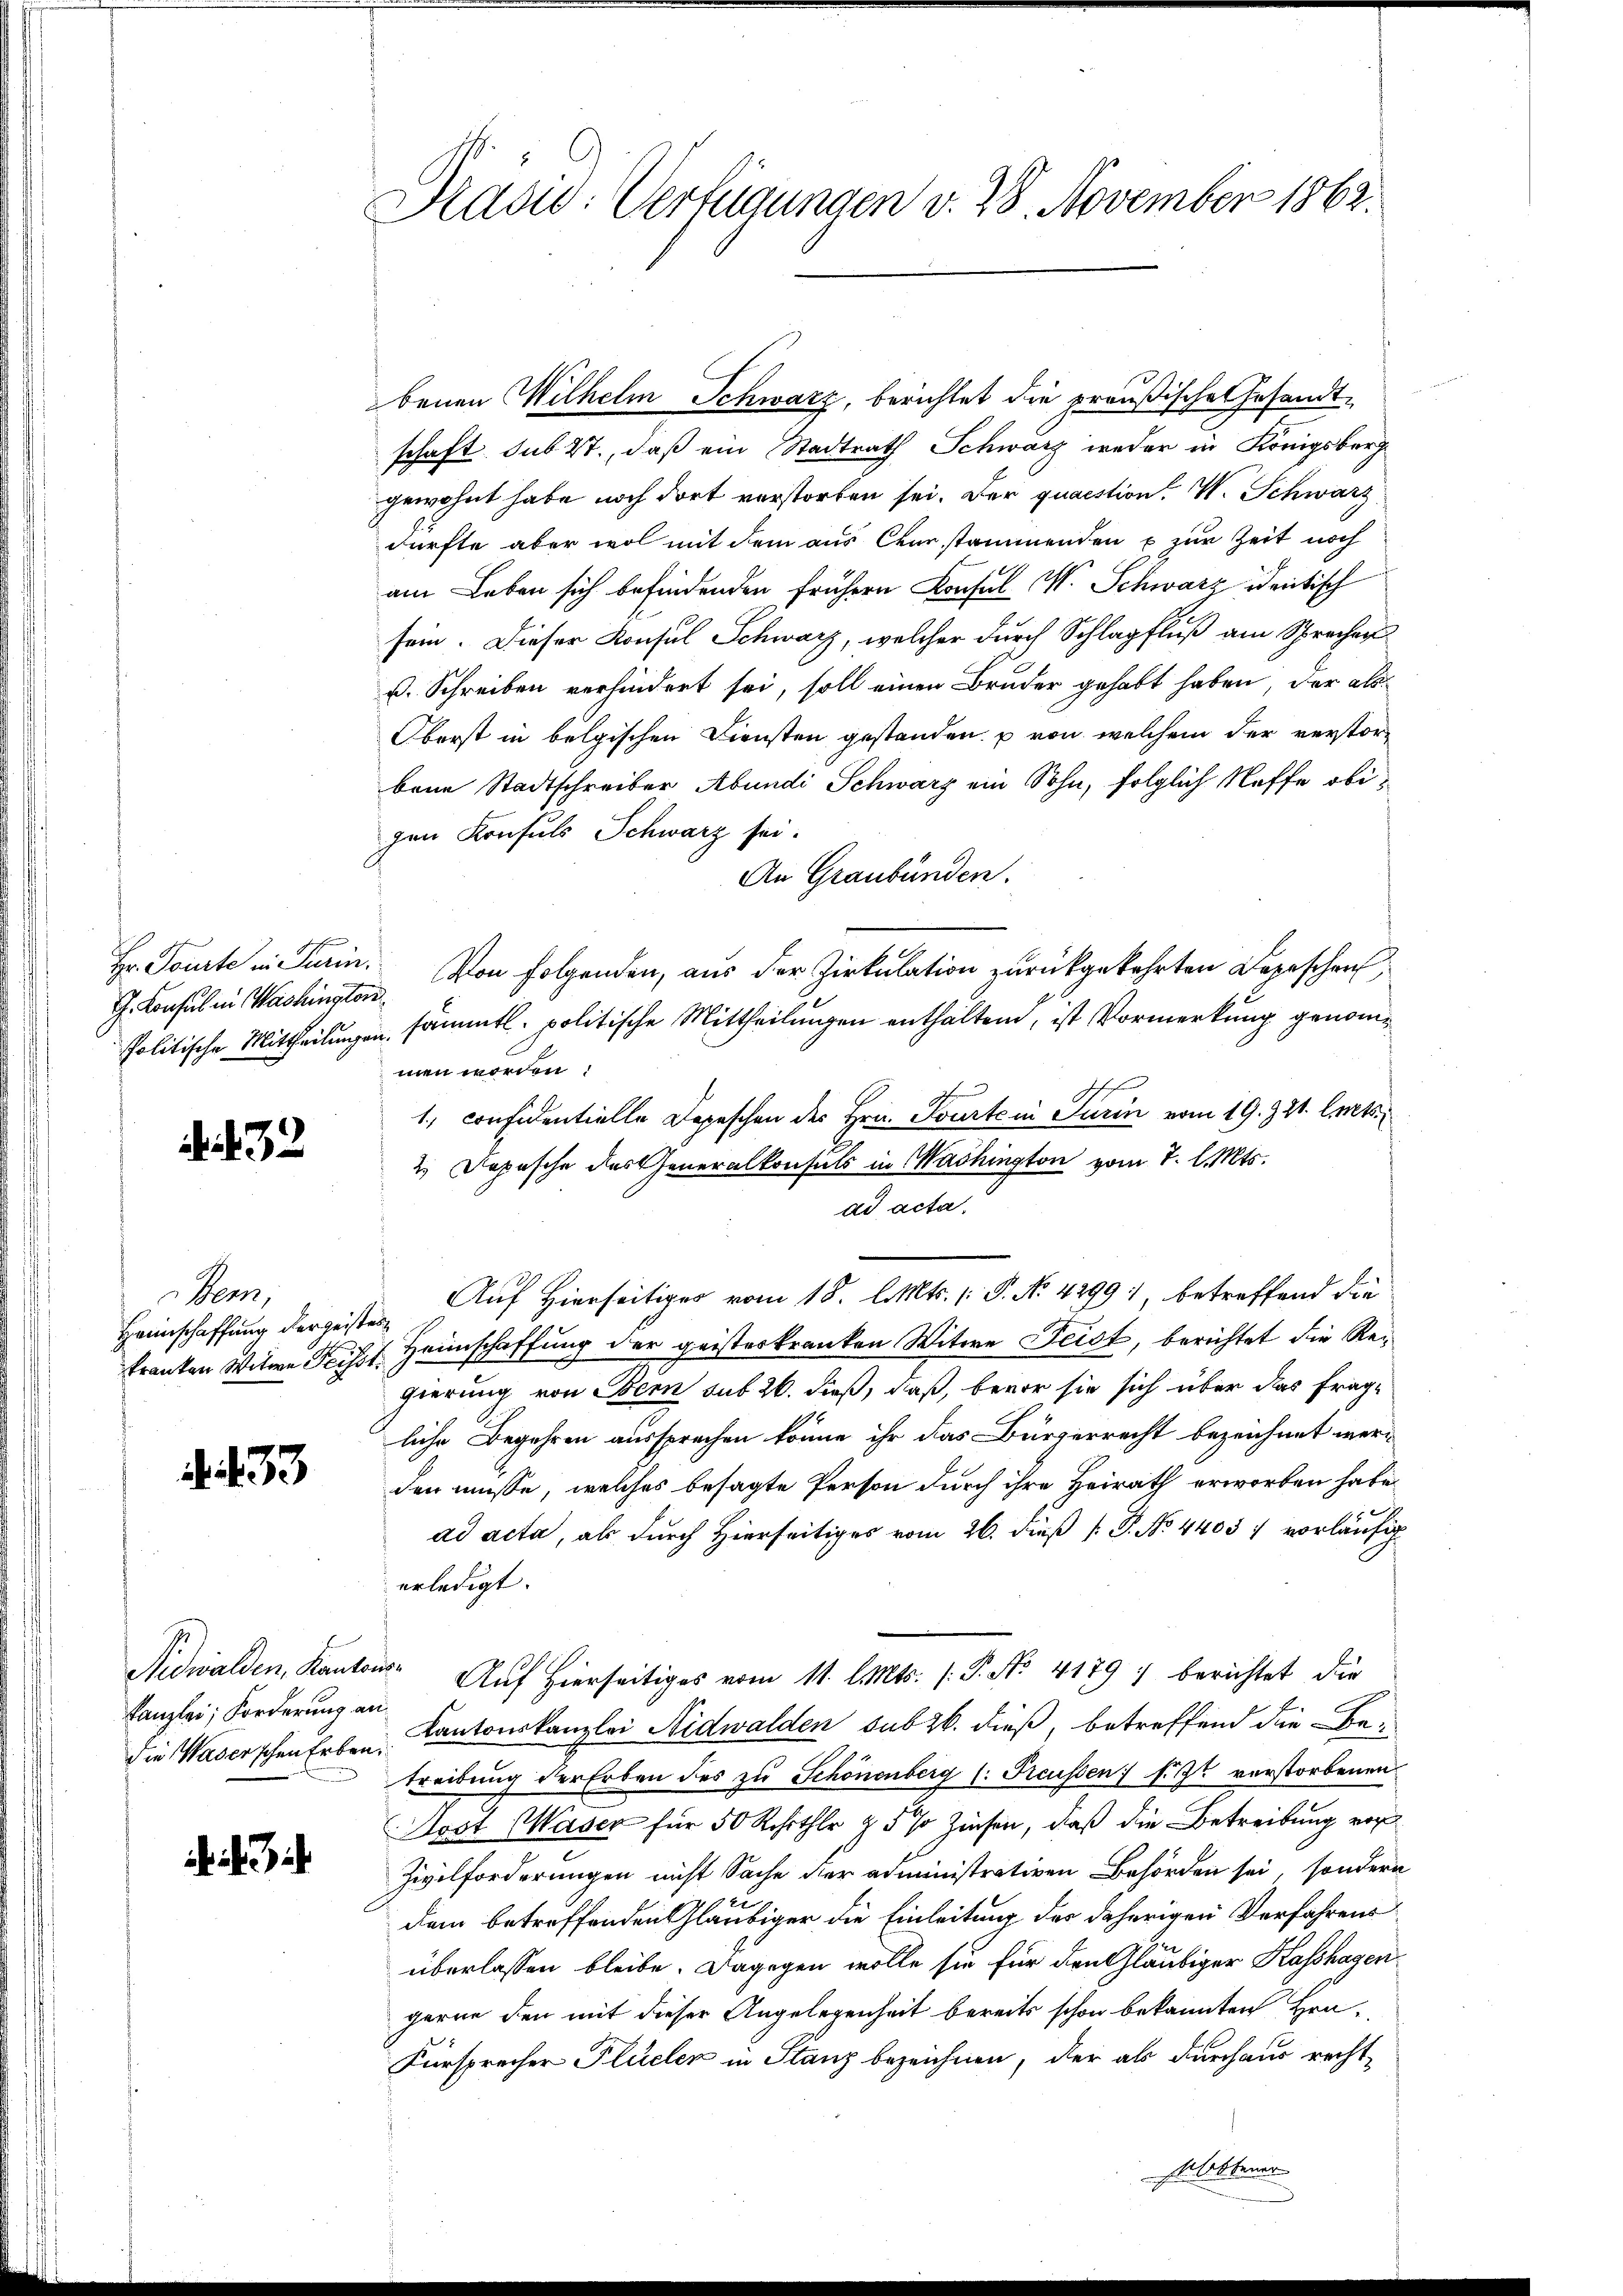
Hr. Tourte in Turin.
J. Konsul in Washington

2

Bern,
Haunschaffung der geistes

. 133

Kanzlei; Forderung an

Drad: Verfügungen v. 28. November 1862.

benen Wilhelm Schwarz, berichtet die preußische Gesandtschaft. sub 2., daß ein Stadtrath Schwarz weder in Königsberg
gewohnt habe noch dort verstorben sei. Der quaestion. W. Schwarz
dürfte aber wol mit dem aus Chur stammenden u zur Zeit noch
am Leben sich befindenden frühern Konsul V. Schwarz identisch
sein. Dieser Konsul Schwarz, welcher durch Schlagfluß am Sprechen
ß. Schreiben verhindert sei, soll einen Bruder gehabt haben, der als
Oberst in belgischen Diensten gestanden. p von welchem der verstorbeim Stadtschreiber Abendi Schwarz ein Sohn, folglich Neffe obigen Konsuls Schwarz sei.
An Graubünden.
Von folgenden, aus der Zirkulation zurückgekehrten Depeschen,
Politische Mittheilungen sämmtl. politische Mittheilungen enthalten, ist Vormerkung genommen worden:
Ah E
1., considentielle Depeschen des Hrn. Tourtein Turin vom 19. 321. l. Mts.
2 Depesche des Generalkonsuls in Washington vom 7. l. Mts.
ad acta.
Auf Hierseitiges vom 18. l. Mts. (: P. No. 4299, betreffend die
franken Witwe Feisst Heimschaffung der geisterkranken Witwe Leist, berichtet die Regierung von Obern sub 20. dieß, daß, bevor sie sich über das fragliche Begehren aussprachen könne ihr das Bürgerrecht bezeichnet werden müsse, welches besagte Person durch ihre Heirath erworben habe
ad acta, als durch Hierseitiges vom 26. dieß [ P. No. 4405 f vorläufig
erledigt.
Nidwalden, Kantons Auf Hierseitiges vom 11. l. Mts. (T. No 4179) berichtet die
die Waserschen Erben. Kantonskanzlei Nidwalden sub 26. dieß, betreffend die Betreibung der Erben des zu Schönenberg (: Freussen fit verstorbenen
Host Waser für 50 Rchither & 5 % Zinsen, daß die Betreibung vor
Zivilforderungen nicht Sache der administrativen Behörden sei, sondern
dem betreffenden Gläubiger die Einleitung der daherigen Verfahrens
überlassen bleibe. Dagegen wolle sie für den Gläubiger Kasshagen
gerne den mit dieser Angelegenheit bereits schon bekannten Han¬
Fürsprecher Plüelen in Stanz bezeichnen, der als durchaus recht-
bbener